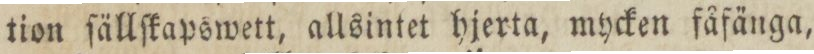
tion ſällſkapswett, allsintet hjerta, mycken fåfänga,